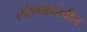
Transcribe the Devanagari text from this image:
लांडगादेखील